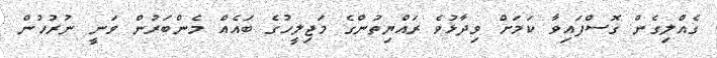
ގެއްލިގެން ގޮސްފައިވާ ކަމަށް ވިދާޅުވެ ރައްޔިތުންގެ މަޖިލީހުގެ ބައެއް މެންބަރުން ވަނީ ނުރުހުން